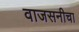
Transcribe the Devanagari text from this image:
वाजसनीचा